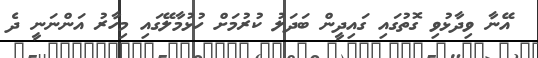
އޭނާ ވިދާޅުވި ގޮތުގައި ގައިދީން ބަދަލު ކުރުމަށް ހުޅުމާލޭގައި މިހާރު އަންނަނީ ދެ